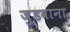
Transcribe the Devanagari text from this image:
जुडवाना